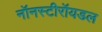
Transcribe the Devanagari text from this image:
नॉनस्टीरॉयडल